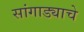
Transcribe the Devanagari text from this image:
सांगाड्याचे